system: You are a helpful assistant.
user:
Analyze the provided spectrum to determine if it is a **M-type Giant (gM)**.

A M-type Giant spectrum is defined by its **strong molecular absorption** features, particularly from **Titanium Oxide (TiO)**. You must check for one of the following mutually exclusive signatures:

- **Key Visual Indicators (Absorption-Dominated Spectrum):**

    - **(Primary):** The spectrum is dominated by strong molecular absorption from **Titanium Oxide (TiO)**. This is the **defining feature** of its M-type temperature class.
        - **(Key Bandheads):** Look for sharp, "saw-tooth" absorption valleys. The strongest are located near **~7050 Å**, **~6160 Å**, and **~5170 Å**.
        - **(Line Profile):** The "saw-tooth" morphology is critical: a **sharp, steep drop on the BLUE (short-wavelength) side** of the bandhead, followed by a gradual recovery (rising flux) towards the RED (long-wavelength) side.

    - **(Key Confirmation - Giant vs. Dwarf):** **ABSENCE** of strong **Calcium Hydride (CaH)** molecular bands. This is the primary diagnostic for *excluding* M-dwarfs.
        - **(Key Region):** The spectrum should lack the strong, broad absorption band seen in dwarfs between **~6800 Å and ~7000 Å**.

    - **(Secondary Confirmation - Giant):** A very strong and broad **Neutral Calcium (Ca I)** atomic absorption line.
        - **(Key Line):** Located at **~4226 Å**. In a giant (gM), this line is significantly deeper and broader than the same line in an M-dwarf (dM) due to low surface gravity.

    - **(Overall Spectrum):**
        - The continuum is **extremely red-sloping** (i.e., flux is very low in the blue and rises dramatically towards the red).
        - The entire spectrum appears "chopped up" by the deep TiO bands.

Think first, call **spectral_visualization_tool** if needed to examine features in detail, then provide your final answer. Your response must adhere to the following strict rules:
1.  **Overall Structure:** Your response must follow the format `<think>...</think> <tool_call>...</tool_call> (if a tool is used) <answer>...</answer>`.
2.  **Tool Usage Constraint:** You may only make **one** tool call per turn.
3.  **Final Answer Format:** In the `<answer>` tag, your conclusion must be inside a `\boxed{}` command (e.g., `\boxed{YES}` or `\boxed{NO}`), followed by your justification.

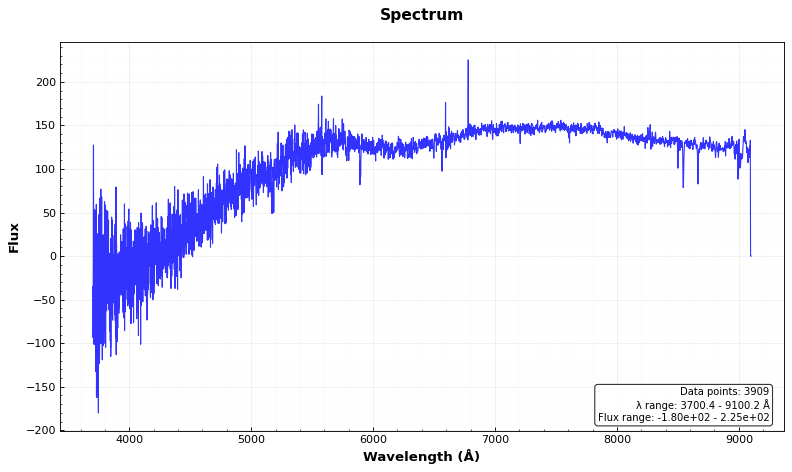
Answer: NO